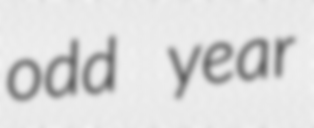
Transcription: odd year